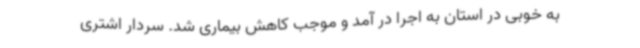
به خوبی در استان به اجرا در آمد و موجب کاهش بیماری شد. سردار اشتری